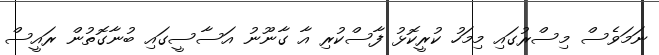
ނަމަވެސް މިސްރުގައި މިމަހު ކުރީކޮޅު ފާސްކުރި އާ ގާނޫނު އަސާސީގައި ބުނާގޮތުން ރައީސް